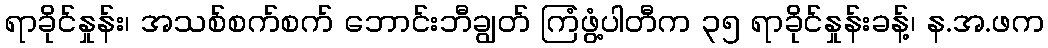
ရာခိုင်နှုန်း၊ အသစ်စက်စက် ဘောင်းဘီချွတ် ကြံဖွံ့ပါတီက ၃၅ ရာခိုင်နှုန်းခန့်၊ န.အ.ဖက